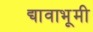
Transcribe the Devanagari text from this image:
द्यावाभूमी